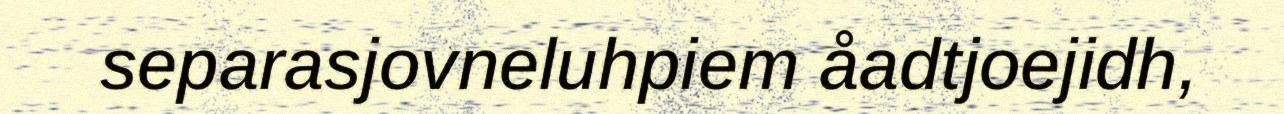
separasjovneluhpiem åadtjoejidh,